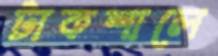
টাকশালে